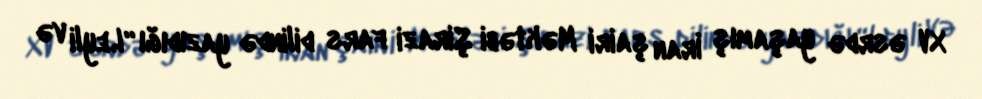
XV əsrdə yaşamış İran şairi Məktəbi Şirazi fars dilində yazıdığı “Leyli və